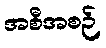
အစီအစဉ်